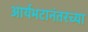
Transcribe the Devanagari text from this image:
आर्यभटानंतरच्या